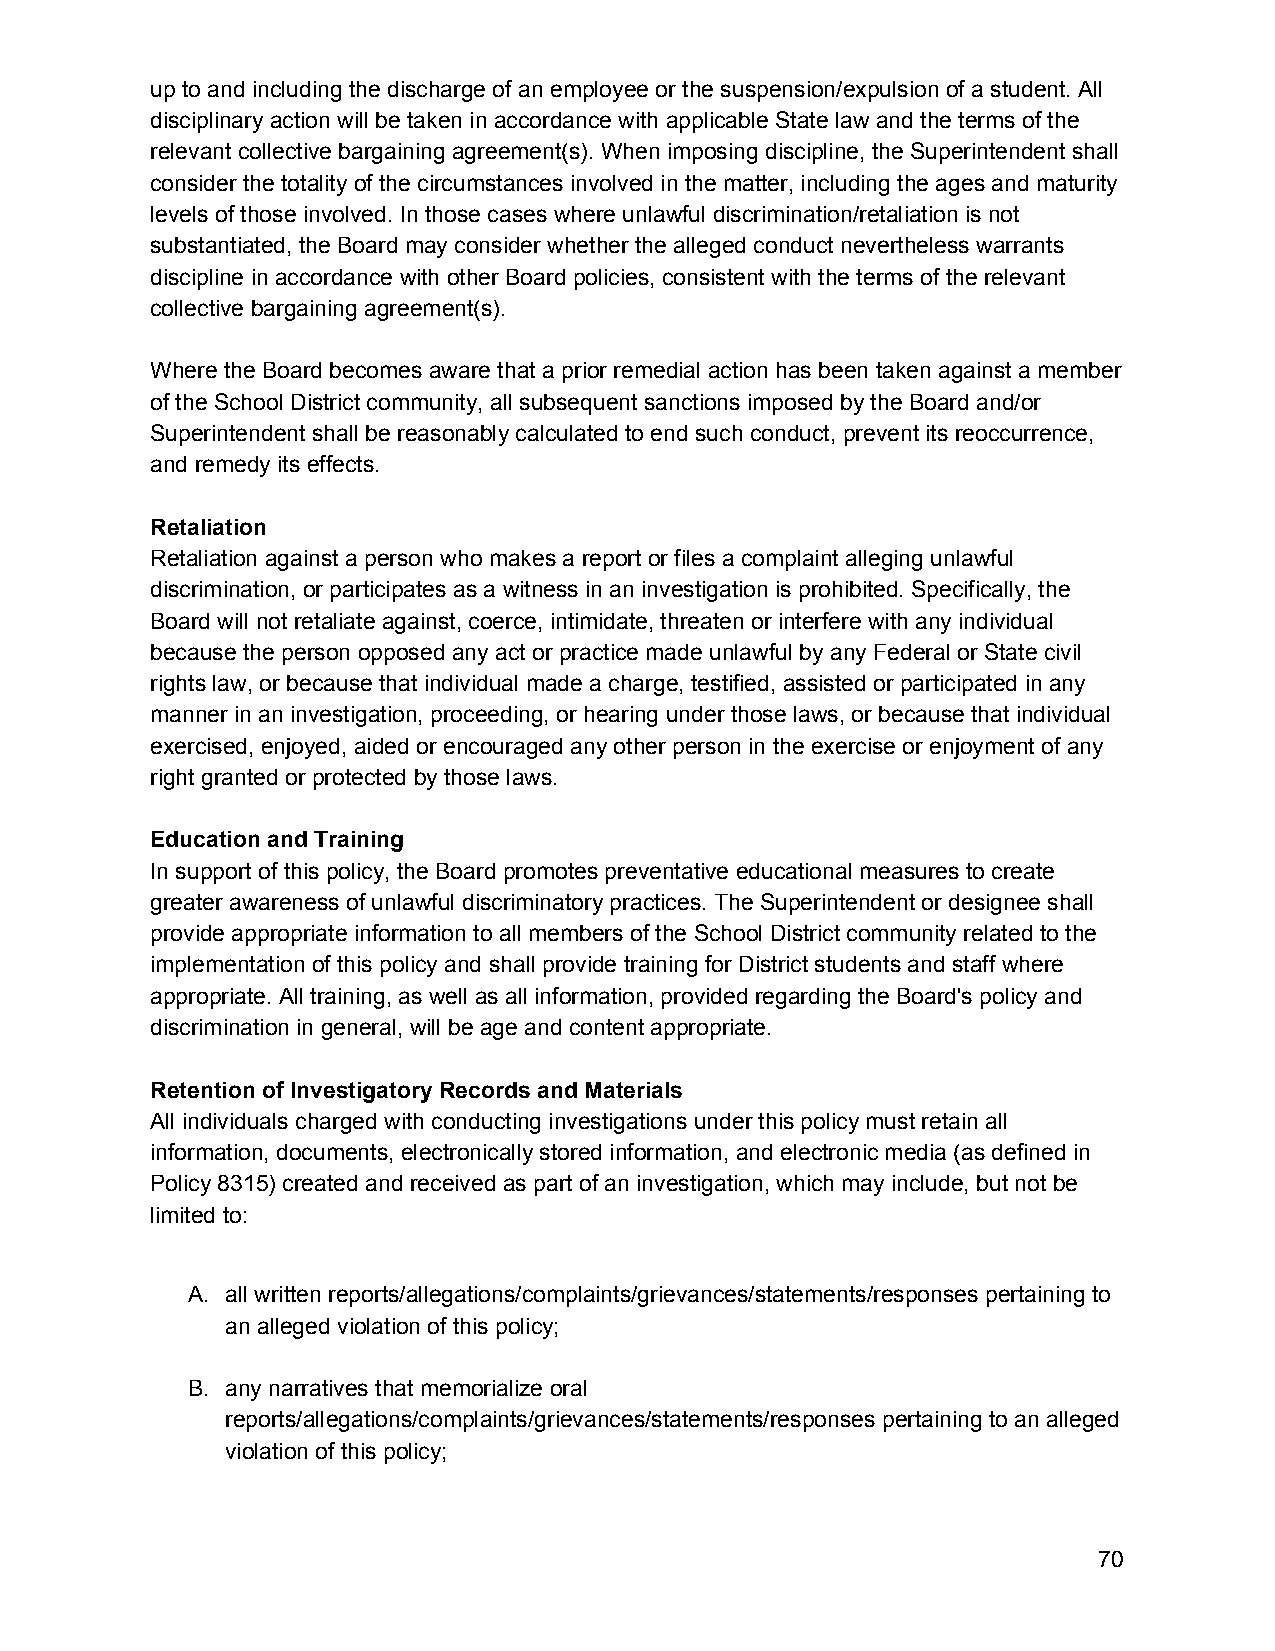
up to and including the discharge of an employee or the suspension/expulsion of a student. All
 disciplinary action will be taken in accordance with applicable State law and the terms of the
 relevant collective bargaining agreement(s). When imposing discipline, the Superintendent shall
 consider the totality of the circumstances involved in the matter, including the ages and maturity
 levels of those involved. In those cases where unlawful discrimination/retaliation is not
 substantiated, the Board may consider whether the alleged conduct nevertheless warrants
 discipline in accordance with other Board policies, consistent with the terms of the relevant
 collective bargaining agreement(s).
 Where the Board becomes aware that a prior remedial action has been taken against a member
 of the School District community, all subsequent sanctions imposed by the Board and/or
 Superintendent shall be reasonably calculated to end such conduct, prevent its reoccurrence,
 and remedy its effects.
 Retaliation
 Retaliation against a person who makes a report or files a complaint alleging unlawful
 discrimination, or participates as a witness in an investigation is prohibited. Specifically, the
 Board will not retaliate against, coerce, intimidate, threaten or interfere with any individual
 because the person opposed any act or practice made unlawful by any Federal or State civil
 rights law, or because that individual made a charge, testified, assisted or participated in any
 manner in an investigation, proceeding, or hearing under those laws, or because that individual
 exercised, enjoyed, aided or encouraged any other person in the exercise or enjoyment of any
 right granted or protected by those laws.
 Education and Training
 In support of this policy, the Board promotes preventative educational measures to create
 greater awareness of unlawful discriminatory practices. The Superintendent or designee shall
 provide appropriate information to all members of the School District community related to the
 implementation of this policy and shall provide training for District students and staff where
 appropriate. All training, as well as all information, provided regarding the Board's policy and
 discrimination in general, will be age and content appropriate.
 Retention of Investigatory Records and Materials
 All individuals charged with conducting investigations under this policy must retain all
 information, documents, electronically stored information, and electronic media (as defined in
 Policy 8315) created and received as part of an investigation, which may include, but not be
 limited to:
 A. all written reports/allegations/complaints/grievances/statements/responses pertaining to
 an alleged violation of this policy;
 B. any narratives that memorialize oral
 reports/allegations/complaints/grievances/statements/responses pertaining to an alleged
 violation of this policy;
 70